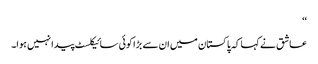
‘‘
عاشق نے کہا کہ پاکستان میں ان سے بڑا کوئی سائیکلسٹ پیدا نہیں ہوا۔